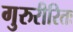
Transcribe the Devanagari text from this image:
गुरुरीरितः